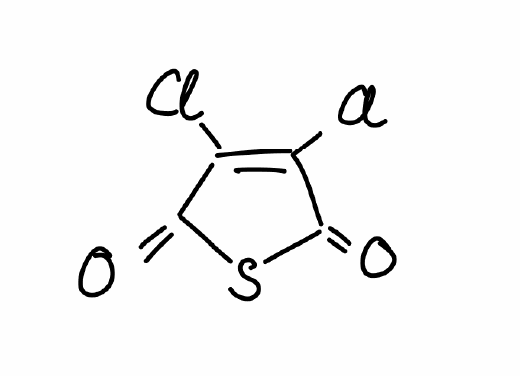
Simplified molecular-input line-entry system (SMILES) notation of the given molecule:
C1(=C(C(=O)SC1=O)Cl)Cl